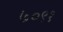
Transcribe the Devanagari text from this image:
७०९१